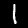
Digit: 1